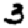
Digit: 3